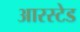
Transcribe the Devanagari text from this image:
आरस्टेड